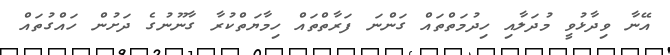
އޭނާ ވިދާޅުވީ މުދަލާއި ހިދުމަތްތައް ގަންނަ ފަރާތްތައް ހިމާޔަތްކުރާ ގާނޫނުގެ ދަށުން ހައްގުތައް